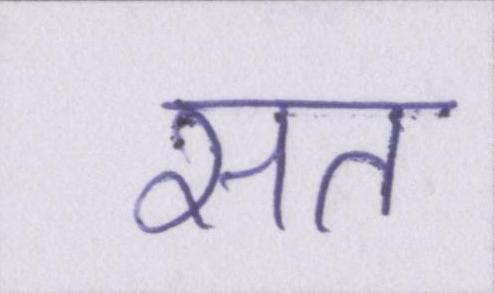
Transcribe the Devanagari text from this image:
सत